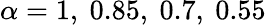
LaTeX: \alpha=1,~0.85,~0.7,~0.55